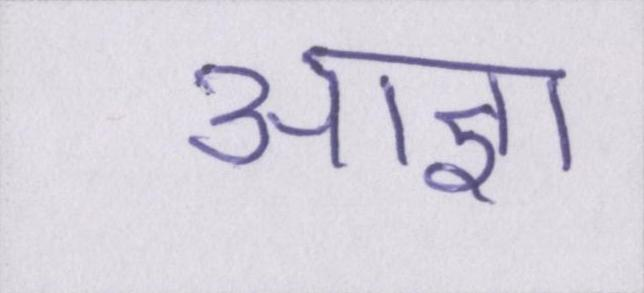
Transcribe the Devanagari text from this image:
आज्ञा